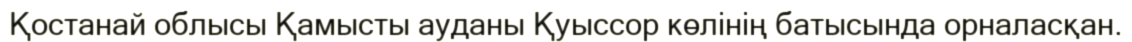
Қостанай облысы Қамысты ауданы Қуыссор көлінің батысында орналасқан.